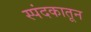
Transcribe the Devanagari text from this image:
स्पंदकातून